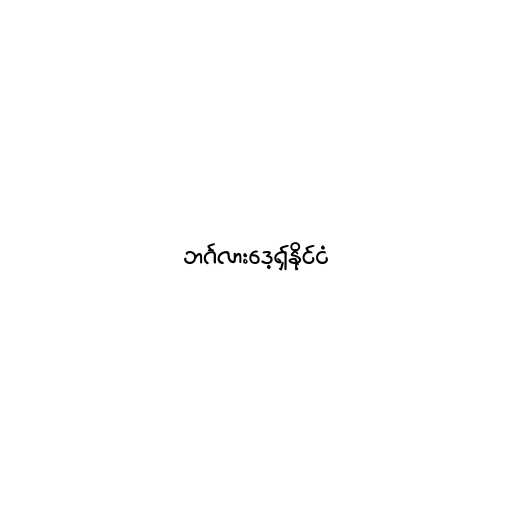
ဘင်္ဂလားဒေ့ရှ်နိုင်ငံ